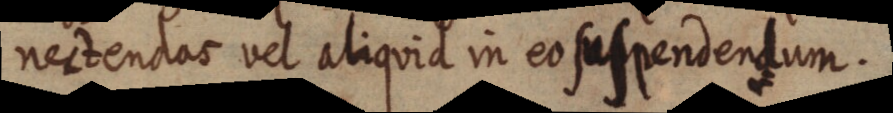
nectendas vel aliquid in eo suspendendum.